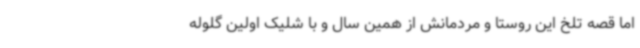
اما قصه تلخ این روستا و مردمانش از همین سال و با شلیک اولین گلوله